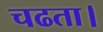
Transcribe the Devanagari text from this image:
चढता।